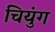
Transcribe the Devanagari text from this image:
चियुंग